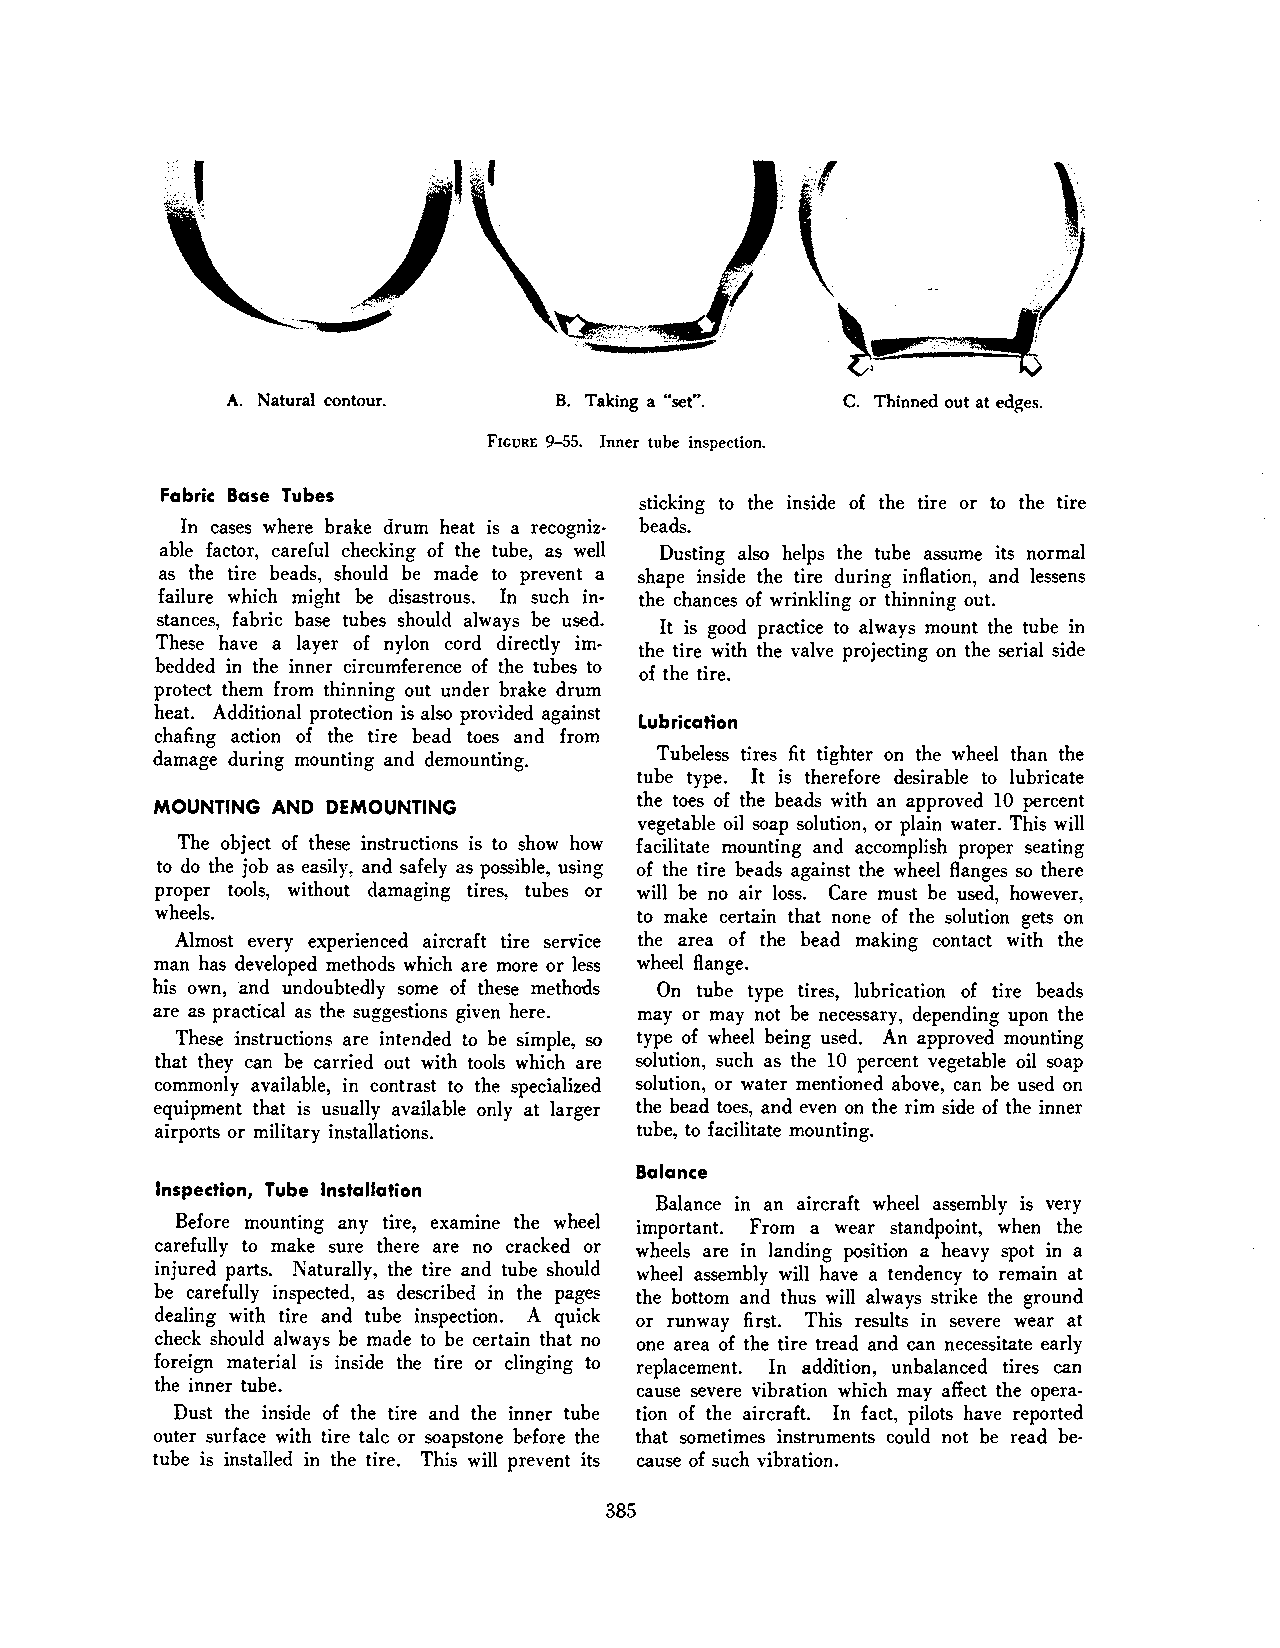
)'~'
 ·.•;;,
 A. Natural contour.   B. Taking a "set". C. Thinned out at edges.
 FIGURE 9-55. Inner tube inspection.
 Fabric Base Tubes
 sticking to the inside of the tire or to the tire
 In cases where brake drum heat is a recogniz beads.
 able factor, careful checking of the tube, as well Dusting also helps the tube assume its normal
 as the tire beads, should be made to prevent a shape inside the tire during inflation, and lessens
 failure which might be disastrous. In such in the chances of wrinkling or thinning out.
 stances, fabric base tubes should always be used.
 It is good practice to always mount the tube in
 These have a layer of nylon cord directly im
 the tire with the valve projecting on the serial side
 bedded in the inner circumference of the tubes to
 of the tire.
 protect them from thinning out under brake drum
 heat. Additional protection is also provided against
 Lubrication
 chafing action of the tire bead toes and from
 damage during mounting and demounting. Tubeless tires fit tighter on the wheel than the
 tube type. It is therefore desirable to lubricate
 the toes of the beads with an approved 10 percent
 MOUNTING AND DEMOUNTING
 vegetable oil soap solution, or plain water. This will
 The object of these instructions is to show how facilitate mounting and accomplish proper seating
 to do the job as easily, and safely as possible, using of the tire beads against the wheel flanges so there
 proper tools, without damaging tires, tubes or will be no air loss. Care must be used, however,
 wheels.                         to make certain that none of the solution gets on
 Almost every experienced aircraft tire service the area of the bead making contact with the
 man has developed methods which are more or less wheel flange.
 his own, and undoubtedly some of these methods On tube type tires, lubrication of tire beads
 are as practical as the suggestions given here. may or may not be necessary, depending upon the
 These instructions are intended to be simple, so type of wheel being used. An approved mounting
 that they can be carried out with tools which are solution, such as the 10 percent vegetable oil soap
 commonly available, in contrast to the specialized solution, or water mentioned above, can be used on
 equipment that is usually available only at larger the bead toes, and even on the rim side of the inner
 airports or military installations. tube, to facilitate mounting.
 Balance
 Inspection, Tube Installation
 Balance in an aircraft wheel assembly is very
 Before mounting any tire, examine the wheel important. From a wear standpoint, when the
 carefully to make sure there are no cracked or wheels are in landing position a heavy spot in a
 injured parts. Naturally, the tire and tube should wheel assembly will have a tendency to remain at
 be carefully inspected, as described in the pages the bottom and thus will always strike the ground
 dealing with tire and tube inspection. A quick or runway first. This results in severe wear at
 check should always be made to be certain that no one area of the tire tread and can necessitate early
 foreign material is inside the tire or clinging to replacement. In addition, unbalanced tires can
 the inner tube.                cause severe vibration which may affect the opera
 Dust the inside of the tire and the inner tube tion of the aircraft. In fact, pilots have reported
 outer surface with tire talc or soapstone before the that sometimes instruments could not be read be
 tube is installed in the tire. This will prevent its cause of such vibration.
 385